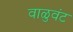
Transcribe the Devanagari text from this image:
वाळुवंट